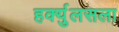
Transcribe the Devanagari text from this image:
हर्क्युलसला